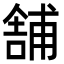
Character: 舗